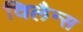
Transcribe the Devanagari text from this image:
विलैन्स